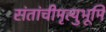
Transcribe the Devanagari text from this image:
संतांचीमृत्युभूमि